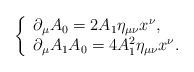
LaTeX: \begin{align*} \left\{ \begin{array}{ll}\partial_\mu A_0=2A_1\eta_{\mu\nu}x^\nu,\\\partial_\mu A_1A_0=4A_1^2\eta_{\mu\nu}x^\nu. \end{array} \right. \end{align*}